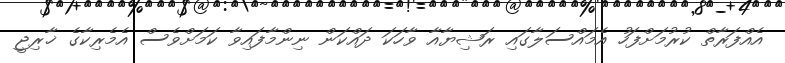
އެއްފަރާތް ކުރުމަށްފަހު އެމައްސަލާގައި ރަޝިޔާއާ ވާހަކަ ދައްކަން ނިންމާފައިވާ ކަމަށްވެސް އެމެރިކާގެ ޚާރިޖީ